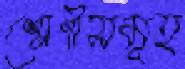
শ্রেণীসমূহ